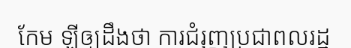
កែម ឡីឲ្យដឹងថា ការជំរុញប្រជាពលរដ្ឋ